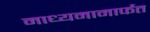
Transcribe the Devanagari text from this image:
माध्यमामार्फत